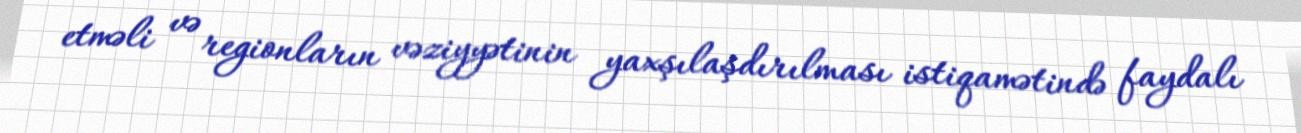
etməli və regionların vəziyyətinin yaxşılaşdırılması istiqamətində faydalı